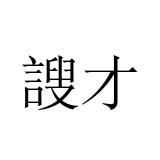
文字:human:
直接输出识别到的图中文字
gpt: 謏才